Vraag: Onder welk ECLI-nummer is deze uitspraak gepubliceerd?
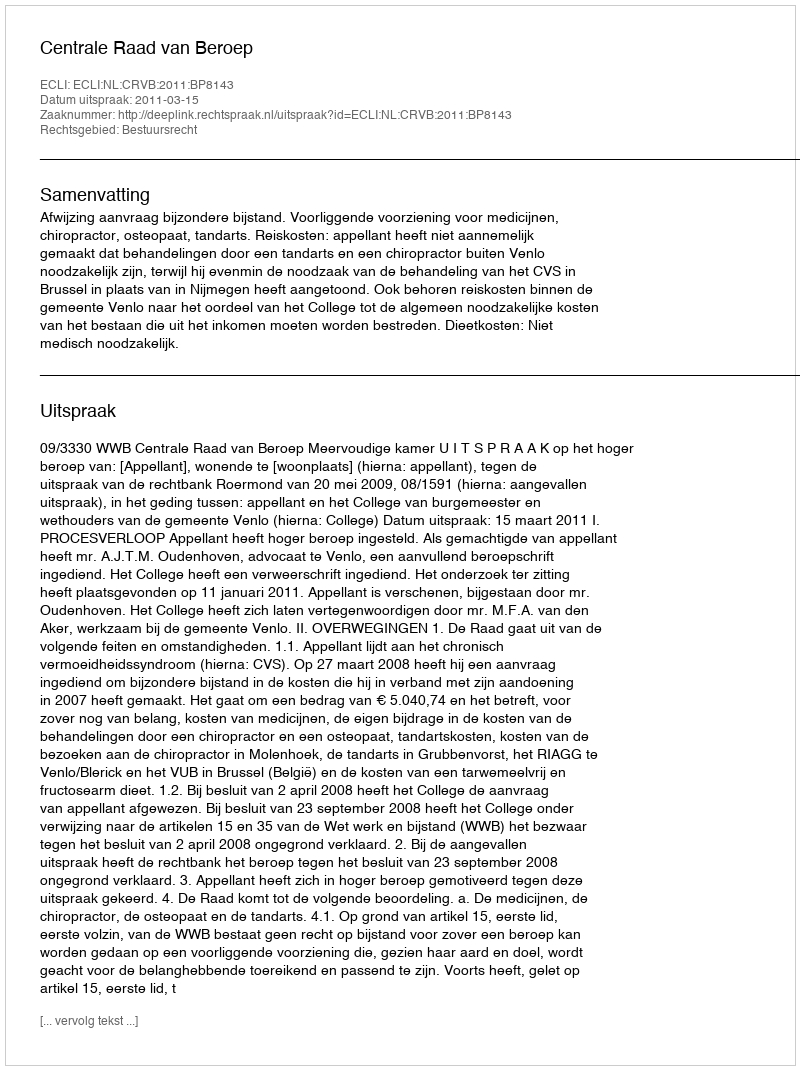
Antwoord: ECLI:NL:CRVB:2011:BP8143